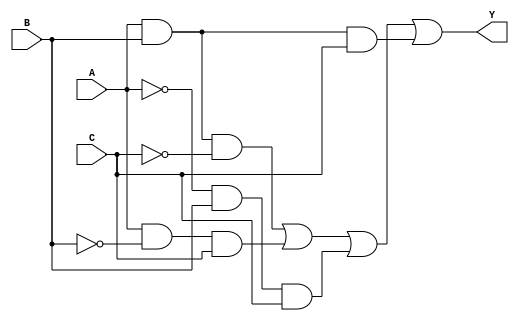
module combinational_logic (
    input wire A,  // Input A
    input wire B,  // Input B
    input wire C,  // Input C
    output wire Y  // Output Y
);

// Intermediate signals for the logic expression
wire not_A, not_B, not_C;
wire term1, term2, term3, term4;

// Inverting inputs
not (not_A, A);
not (not_B, B);
not (not_C, C);

// Logic terms derived from the truth table and minimized using don't care conditions
assign term1 = A & B & not_C;  // A=1, B=1, C=0
assign term2 = A & not_B & C;  // A=1, B=0, C=1
assign term3 = not_A & B & C;  // A=0, B=1, C=1
// Don't care conditions (X) can be used to simplify further
assign term4 = A & B & C;      // A=1, B=1, C=1 (can be either 0 or 1)

// Final output Y combining the terms
assign Y = term1 | term2 | term3 | term4;

endmodule